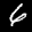
Label: 6